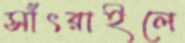
সাঁৎরাইলে